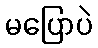
မပြောပဲ